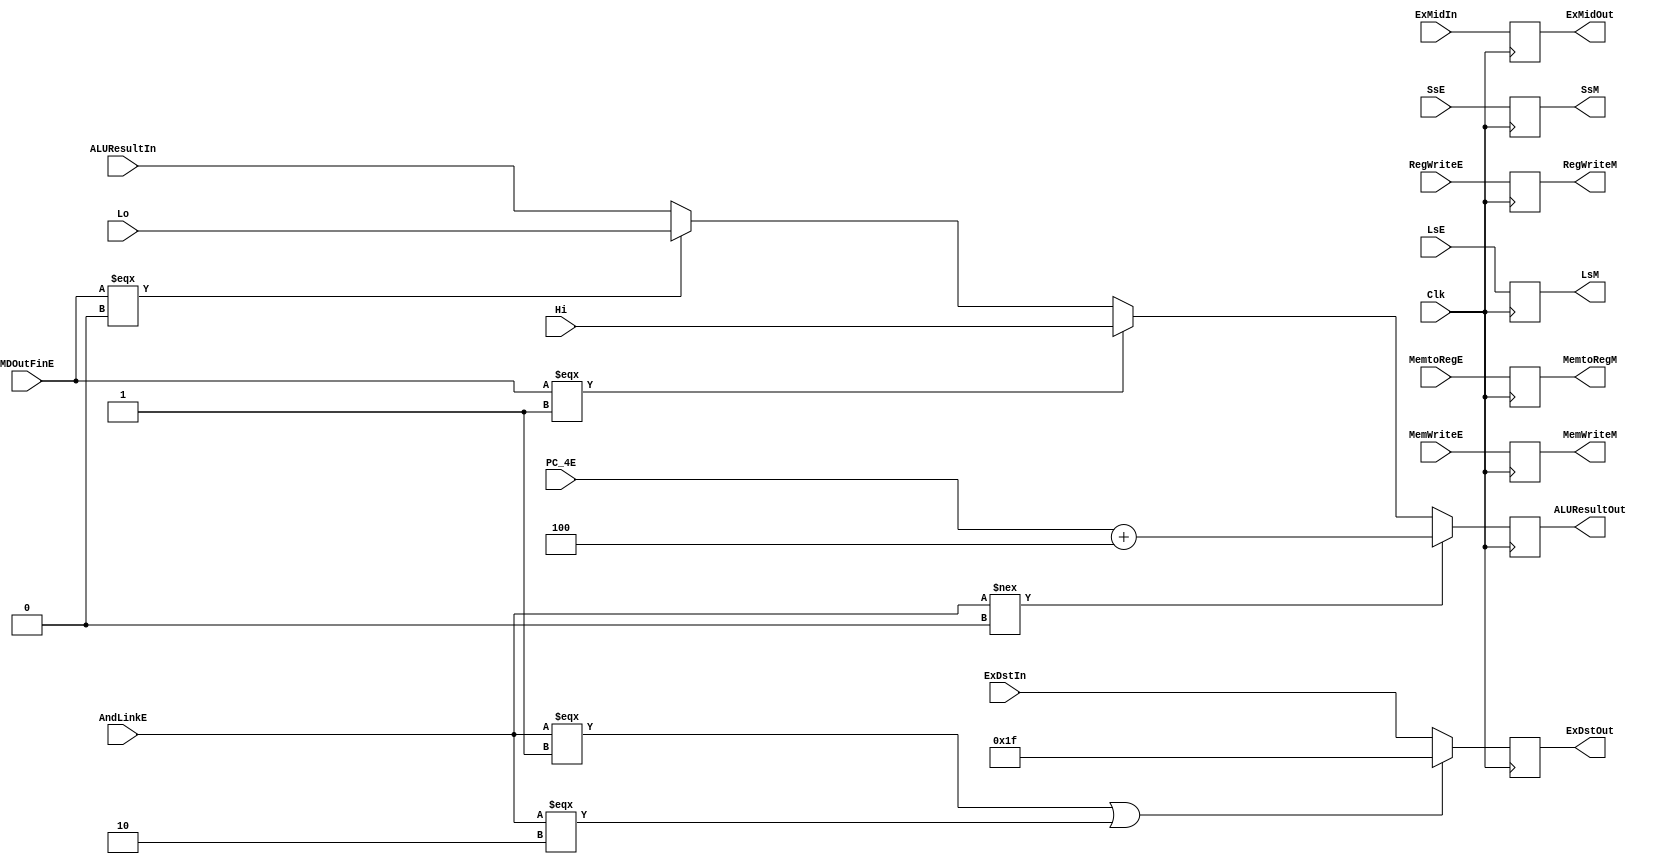
`timescale 1ns / 1ps
//////////////////////////////////////////////////////////////////////////////////
// Company: 
// Engineer: 
// 
// Design Name: 
// Module Name:    ex_mem 
// Project Name: 
// Target Devices: 
// Tool versions: 
// Description: 
//
// Dependencies: 
//
// Revision: 
// Revision 0.01 - File Created
// Additional Comments: 
//
//////////////////////////////////////////////////////////////////////////////////
module FR_EX_MEM(
	input Clk,
	//
	input RegWriteE,
	input MemtoRegE,
   input MemWriteE,
	input [2:0]AndLinkE,
	input [31:0]PC_4E,
	//
	input [31:0]ALUResultIn,
	input [31:0]ExMidIn,
	input [4:0]ExDstIn,
	input [2:0]LsE,
	input [1:0]SsE,
	input MDOutFinE,
	//input [31:0]MDResult,
	input [31:0]Hi,
	input [31:0]Lo,
	//
	output RegWriteM,
	output MemtoRegM,
	output MemWriteM,
	output [31:0]ALUResultOut,
	output [31:0]ExMidOut,
	output [4:0]ExDstOut,
	output [2:0]LsM,
	output [1:0]SsM
    );
	 reg [31:0]data1, data2;
	 reg [4:0]data3;
	 reg data4,data5,data6;
	 reg [2:0]data7;
	 reg [1:0]data8;
	 	 
	 assign ALUResultOut = /*(AndLinkE !== 0) ? PC_4E + 4: */data1;//??
	 assign ExMidOut = data2;
	 assign ExDstOut = /*(AndLinkE === 3'b001 || AndLinkE === 3'b010) ? 31 : */data3;//??
	 assign RegWriteM = data4;
	 assign MemtoRegM = data5;
	 assign MemWriteM = data6;
	 assign LsM = data7;
	 assign SsM = data8;
	 
	 always @(posedge Clk) begin
		data1 = (AndLinkE !== 0) ? PC_4E + 4: 
				  (MDOutFinE === 1) ? Hi://MDResult !== 32'bx,MDResultx
				  (MDOutFinE === 0) ? Lo :
					ALUResultIn;
		data2 = ExMidIn;
		data3 =	(AndLinkE === 3'b001 || AndLinkE === 3'b010) ? 31 : ExDstIn;
		data4 = RegWriteE;
		data5 = MemtoRegE;
		data6 = MemWriteE;
		data7 = LsE;
		data8 = SsE;
	 end
endmodule
/*initial begin
		data1 = 0;
		data2 = 0;
		data3 = 0;
		data4 = 0;
		data5 = 0;
		data6 = 0;
	 end*/